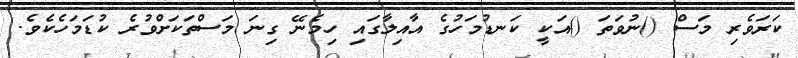
ކަރަވެރި މަސް ()ނުވަތަ ()އަކީ ކަނޑުމަހުގެ އާއިލާގައި ހިމެނޭ ގިނަ މަސްތަކަށްވުރެ ކުޑަމަހެކެވެ.